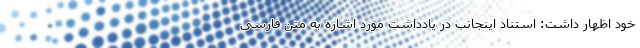
خود اظهار داشت: استناد اینجانب در یادداشت مورد اشاره به متن فارسی